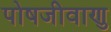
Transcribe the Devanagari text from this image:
पोषजीवाणु